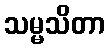
သမ္မသိတာ